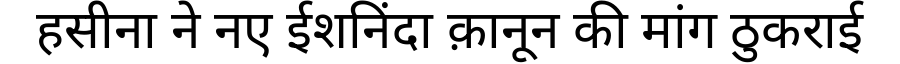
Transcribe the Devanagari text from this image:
हसीना ने नए ईशनिंदा क़ानून की मांग ठुकराई